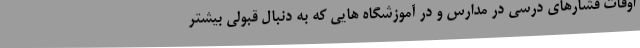
اوقات فشارهای درسی در مدارس و در آموزشگاه هایی که به دنبال قبولی بیشتر